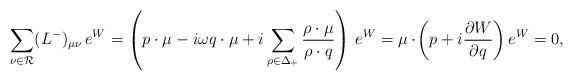
LaTeX: \begin{align*}\sum_{\nu\in{\cal R}}(L^-)_{\mu\nu}\,e^W= \left(p\cdot\mu-i\omega q\cdot\mu +i\sum_{\rho\in\Delta_+}{\rho\cdot\mu\over{\rho\cdot q}}\right)\,e^W= \mu\cdot\!\left(p+i{\partial W\over{\partial q}}\right)e^W=0,\end{align*}